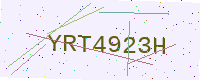
Text: YRT4923H